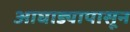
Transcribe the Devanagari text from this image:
आघाड्यापासून